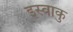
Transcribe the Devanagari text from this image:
इस्वाकु